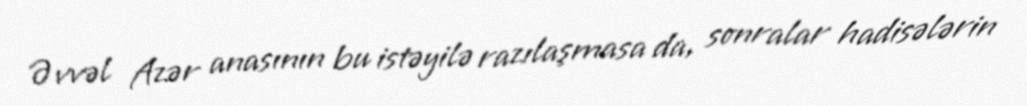
Əvvəl Azər anasının bu istəyilə razılaşmasa da, sonralar hadisələrin